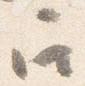
召